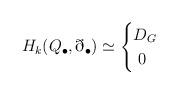
LaTeX: \begin{align*}H_k(Q_\bullet,\eth_\bullet)\simeq\begin{cases}D_G &\ \\\hfil 0\hfil &\ \end{cases}\end{align*}